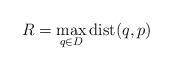
LaTeX: \begin{align*}R=\max_{q\in D} {\rm dist}(q,p)\end{align*}